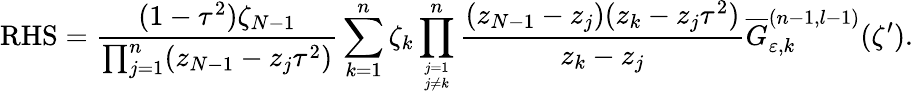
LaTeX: \mathrm{RHS}=\displaystyle\frac{(1-\tau^{2})\zeta_{N-1}}{\prod_{j=1}^{n}(z_{N-1}-z_{j}\tau^{2})}\sum_{k=1}^{n}\zeta_{k}\displaystyle\prod_{j=1\atop j\neq k}^{n}\frac{(z_{N-1}-z_{j})(z_{k}-z_{j}\tau^{2})}{z_{k}-z_{j}}\displaystyle\overline{{{G}}}_{\varepsilon,k}^{(n-1,l-1)}(\zeta^{\prime}).